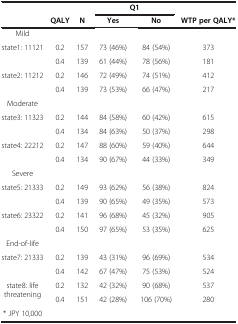
<table><thead><tr><td><b> </b></td><td><b> </b></td><td><b> </b></td><td colspan="2"><b>Q1</b></td><td><b> </b></td></tr><tr><td><b> </b></td><td><b>QALY</b></td><td><b>N</b></td><td><b>Yes</b></td><td><b>No</b></td><td><b>WTP per QALY*</b></td></tr></thead><tbody><tr><td>Mild</td><td> </td><td> </td><td> </td><td> </td><td> </td></tr><tr><td rowspan="2">state1: 11121</td><td>0.2</td><td>157</td><td>73 (46%)</td><td>84 (54%)</td><td>373</td></tr><tr><td>0.4</td><td>139</td><td>61 (44%)</td><td>78 (56%)</td><td>181</td></tr><tr><td rowspan="2">state2: 11212</td><td>0.2</td><td>146</td><td>72 (49%)</td><td>74 (51%)</td><td>412</td></tr><tr><td>0.4</td><td>139</td><td>73 (53%)</td><td>66 (47%)</td><td>217</td></tr><tr><td>Moderate</td><td> </td><td> </td><td> </td><td> </td><td> </td></tr><tr><td rowspan="2">state3: 11323</td><td>0.2</td><td>144</td><td>84 (58%)</td><td>60 (42%)</td><td>615</td></tr><tr><td>0.4</td><td>134</td><td>84 (63%)</td><td>50 (37%)</td><td>298</td></tr><tr><td rowspan="2">state4: 22212</td><td>0.2</td><td>147</td><td>88 (60%)</td><td>59 (40%)</td><td>644</td></tr><tr><td>0.4</td><td>134</td><td>90 (67%)</td><td>44 (33%)</td><td>349</td></tr><tr><td>Severe</td><td> </td><td> </td><td> </td><td> </td><td> </td></tr><tr><td rowspan="2">state5: 21333</td><td>0.2</td><td>149</td><td>93 (62%)</td><td>56 (38%)</td><td>824</td></tr><tr><td>0.4</td><td>139</td><td>90 (65%)</td><td>49 (35%)</td><td>573</td></tr><tr><td rowspan="2">state6: 23322</td><td>0.2</td><td>141</td><td>96 (68%)</td><td>45 (32%)</td><td>905</td></tr><tr><td>0.4</td><td>150</td><td>97 (65%)</td><td>53 (35%)</td><td>625</td></tr><tr><td>End-of-life</td><td> </td><td> </td><td> </td><td> </td><td> </td></tr><tr><td rowspan="2">state7: 21333</td><td>0.2</td><td>139</td><td>43 (31%)</td><td>96 (69%)</td><td>534</td></tr><tr><td>0.4</td><td>142</td><td>67 (47%)</td><td>75 (53%)</td><td>524</td></tr><tr><td rowspan="2">state8: life threatening</td><td>0.2</td><td>132</td><td>42 (32%)</td><td>90 (68%)</td><td>537</td></tr><tr><td>0.4</td><td>151</td><td>42 (28%)</td><td>106 (70%)</td><td>280</td></tr><tr><td>* JPY 10,000</td><td> </td><td> </td><td> </td><td> </td><td> </td></tr></tbody></table>